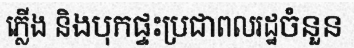
ភ្លើង និងបុកផ្ទះប្រជាពលរដ្ឋចំនួន